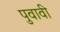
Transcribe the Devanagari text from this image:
पुवावी